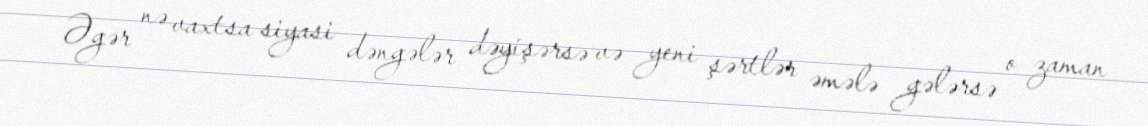
Əgər nə vaxtsa siyasi dəngələr dəyişərsə və yeni şərtlər əmələ gələrsə o zaman